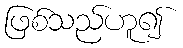
ဖြစ်သည်ဟူ၍